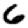
Digit: 6